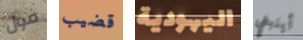
فول قضيب اليهودية أينبغي